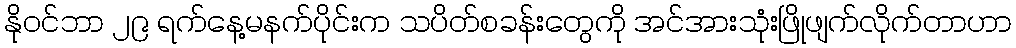
နိုဝင်ဘာ ၂၉ ရက်နေ့မနက်ပိုင်းက သပိတ်စခန်းတွေကို အင်အားသုံးဖြိုဖျက်လိုက်တာဟာ